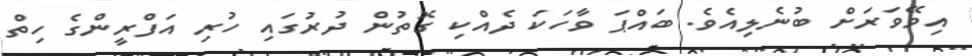
އިވޭވަރަށް ބުނެލިއެވެ. ބައްޕަ ވާހަކަ ދެއްކި ގޮތުން ދުރުގައި ހުރި އަފްރީންގެ ހިތް